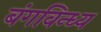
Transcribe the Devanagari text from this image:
बंगविन्ध्य